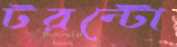
টরন্টো